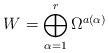
\begin{align*}W = \bigoplus_{\alpha=1}^r \Omega^{a(\alpha)} \end{align*}